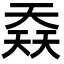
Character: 𡙎